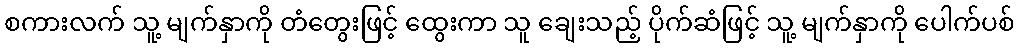
စကားလက် သူ့ မျက်နှာကို တံတွေးဖြင့် ထွေးကာ သူ ချေးသည့် ပိုက်ဆံဖြင့် သူ့ မျက်နှာကို ပေါက်ပစ်